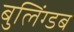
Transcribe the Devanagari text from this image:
बुलिंग्डब